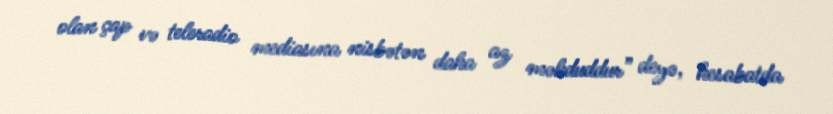
olan çap və teleradio mediasına nisbətən daha az məhduddur” deyə, hesabatda